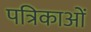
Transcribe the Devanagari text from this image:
पत्रिकाओं